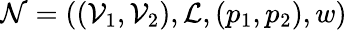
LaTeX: \mathcal{N}=((\mathcal{V}_{1},\mathcal{V}_{2}),\mathcal{L},(p_{1},p_{2}),w)